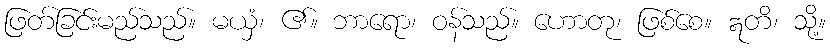
ဖြတ်ခြင်းမည်သည်။ မယှံ၊ ၏။ ဘာရော၊ ဝန်သည်။ ဟောတု၊ ဖြစ်စေ။ ဣတိ၊ သို့။